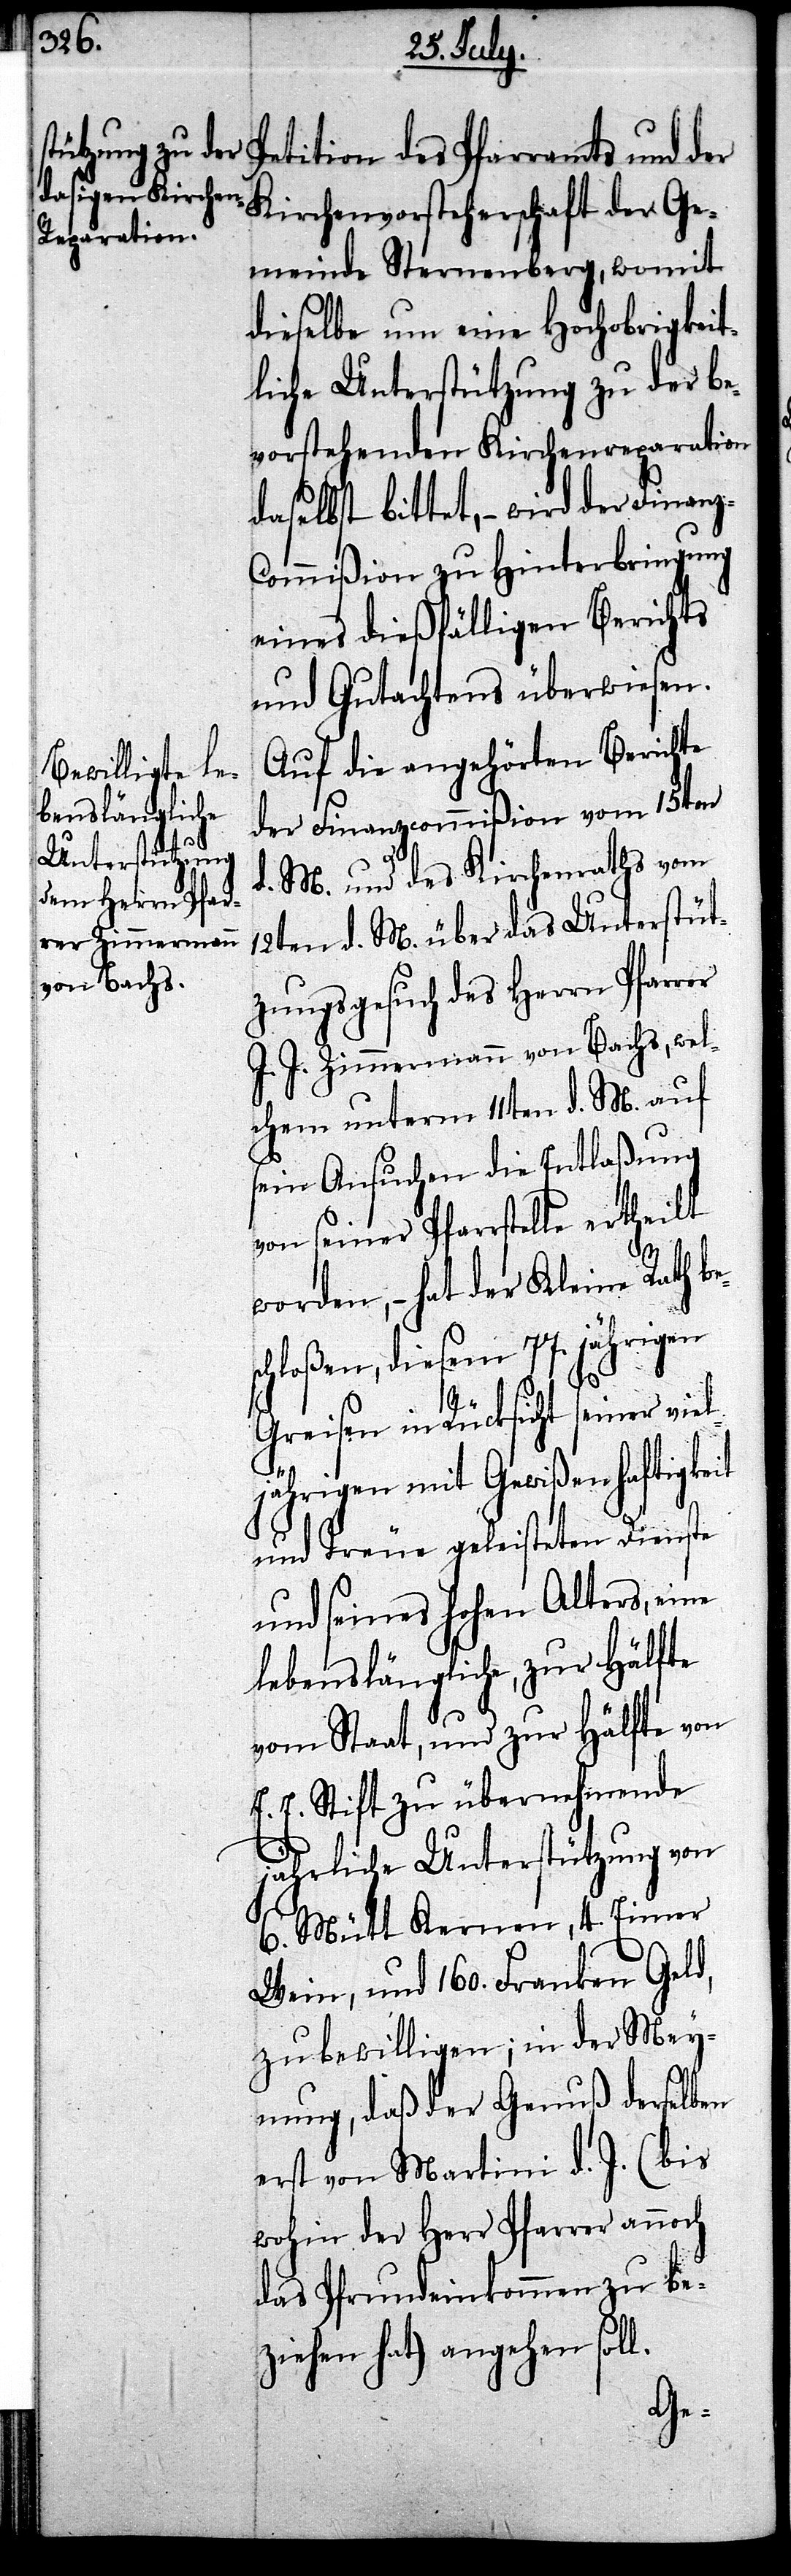
Kirchenvorsteherschaft der Ge¬
meinde Sternenberg, womit
dieselbe um eine Hochobrigkeit¬
liche Unterstützung zu der be¬
vorstehenden Kirchenreparation
daselbst bittet, – wird der Finanz-C¬
ommißion zu Hinterbringung
eines dießfälligen Berichts
und Gutachtens überwiesen.
Auf die angehörten Berichte
esc¬
der Finanzcommißion vom 15ten
d. M. und des Kirchenraths vom
12ten d. M. über das Unterstüt¬
zungsgesuch des Herrn Pfarrer
J. J. Zimmermann von Bachs, wel¬
chem unterm 11ten d. M. auf
sein Ansuchen die Entlaßung
von seiner Pfarrstelle ertheilt
worden, hat der Kleien Rath b¬
hloßen, diesem 77jährigen
l.
Greisen in Rücksicht seiner vie¬
ljährigen mit Gewißenhaftigkeit
und Treue geleisteten Dienste
und seines hohen Alters, eine
lebenslängliche, zur Hälfte
vom Staat, und zur Hälfte von
E. E. Stift zu übernehmende
jährliche Unterstützung von
6. Mütt Kernen, 4. Eimer
Wein, und 160. Franken Geld,
zu bewilligen; in der Mey¬
nung, daß der Genuß derselben
erst von Martini d. J. (bis
wohin der Herr Pfarrer annoch
das Pfrundeinkommen zu be¬
ziehen hat) angehen sol¬